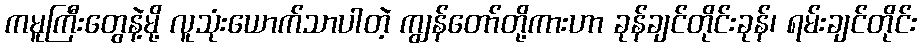
ကမူကြီးတွေနဲ့မို့ လူသုံးယောက်သာပါတဲ့ ကျွန်တော်တို့ကားဟာ ခုန်ချင်တိုင်းခုန်၊ ရမ်းချင်တိုင်း